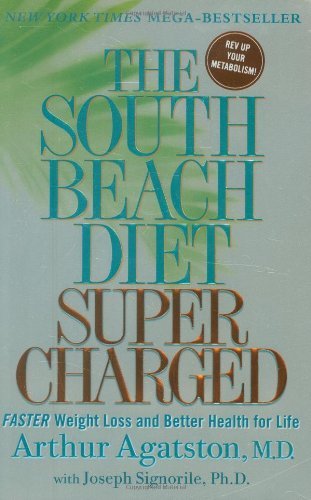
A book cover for By Arthur Agatston - The South Beach Diet Super Charged (Reprint) (5.3.2009); Arthur Agatston; Health, Fitness & Dieting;